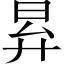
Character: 昪